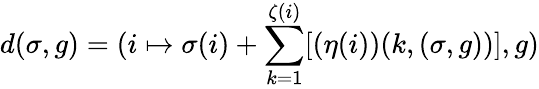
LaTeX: d(\sigma,g)=(i\mapsto\sigma(i)+\sum_{k=1}^{\zeta(i)}[(\eta(i))(k,(\sigma,g))],g)